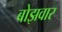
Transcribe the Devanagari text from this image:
बोझवार